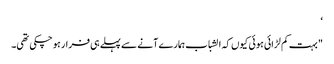
‘
" بہت کم لڑائی ہوئی کیوں کہ الشباب ہمارے آنے سے پہلے ہی فرار ہو چکی تھی۔